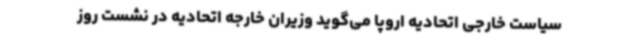
سیاست خارجی اتحادیه اروپا می‌گوید وزیران خارجه اتحادیه در نشست روز